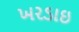
ખરડાઇ